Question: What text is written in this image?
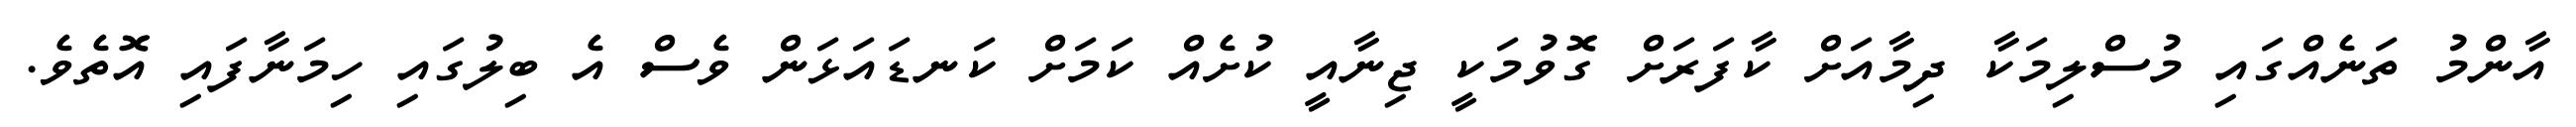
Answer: އާންމު ތަނެއްގައި މުސްލިމަކާ ދިމާއަށް ކާފަރަށް ގޮވުމަކީ ޖިނާއީ ކުށެއް ކަމަށް ކަނޑައަޅަން ވެސް އެ ބިލުގައި ހިމަނާފައި އޮތެވެ.